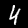
Label: 4